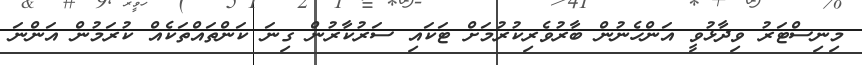
މިނިސްޓަރު ވިދާޅުވީ އަންހެނުން ބާރުވެރިކުރުމަށް ޓަކައި ސަރުކާރުން ގިނަ ކަންތައްތަކެއް ކުރަމުން އަންނަ